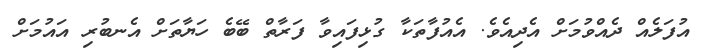
އުފަލެއް ދެއްވުމަށް އެދިއެވެ. އެއުފާތަކާ ގުޅިފައިވާ ފަރާތް ބޭބެ ހަޔާތަށް އެނބުރި އައުމަށް